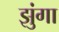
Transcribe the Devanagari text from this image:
झुंगा